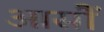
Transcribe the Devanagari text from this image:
आसौं